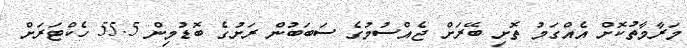
މަރާމާތުކޮށް އެއްގަމު ތޮށި ބޭރަށް ޖެއްސުމުގެ ސަބަބުން ރަށުގެ ބޮޑުމިން 55.5 ހެކްޓަރަށް